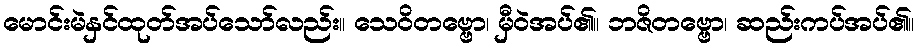
မောင်းမဲနှင်ထုတ်အပ်သော်လည်း။ သေဝိတဗ္ဗော၊ မှီဝဲအပ်၏။ ဘဇိတဗ္ဗော၊ ဆည်းကပ်အပ်၏။